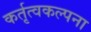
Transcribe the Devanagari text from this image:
कर्तृत्वकल्पना